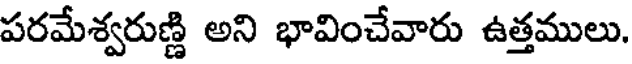
పరమేశ్వరుణ్ణి అని భావించేవారు ఉత్తములు.